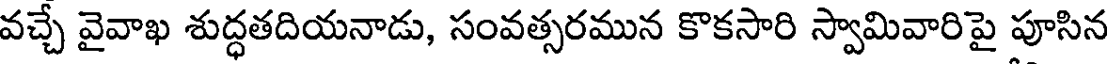
వచ్చే వైవాఖ శుద్ధతదియనాడు, సంవత్సరమున కొకసారి స్వామివారిపై పూసిన